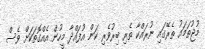
މުޖުތަމައު ތެރޭގައި ނުރައްކާ ތެރި ބިރުވެރި ކަން އުފައްދާ މީހުން އެއްގޮތަކަށް ވެސް